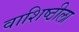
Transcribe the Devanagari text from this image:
वाशिष्ठीला